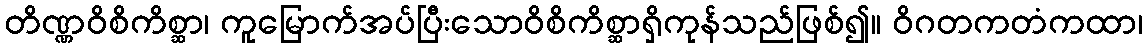
တိဏ္ဏဝိစိကိစ္ဆာ၊ ကူမြောက်အပ်ပြီးသောဝိစိကိစ္ဆာရှိကုန်သည်ဖြစ်၍။ ဝိဂတကတံကထာ၊